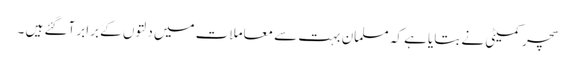
سچر کمیٹی نے بتایا ہے کہ مسلمان بہت سے معاملات میں دلتوں کے برابر آگئے ہیں ۔